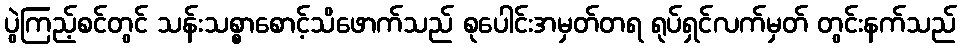
ပွဲကြည့်စင်တွင် သန်းသစ္စာစောင့်သိဖောက်သည် စုပေါင်းအမှတ်တရ ရုပ်ရှင်လက်မှတ် တွင်းနက်သည်